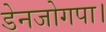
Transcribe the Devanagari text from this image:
डेनजोगपा।